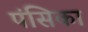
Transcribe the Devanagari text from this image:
पंसिका